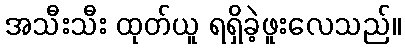
အသီးသီး ထုတ်ယူ ရရှိခဲ့ဖူးလေသည်။